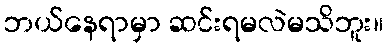
ဘယ်နေရာမှာ ဆင်းရမလဲမသိဘူး။